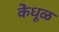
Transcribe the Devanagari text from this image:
केंधूळ